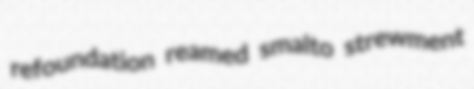
refoundation reamed smalto strewment